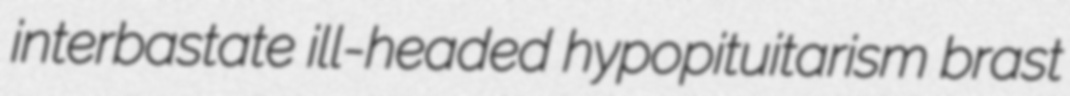
interbastate ill-headed hypopituitarism brast